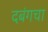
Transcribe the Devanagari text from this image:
दबंगचा